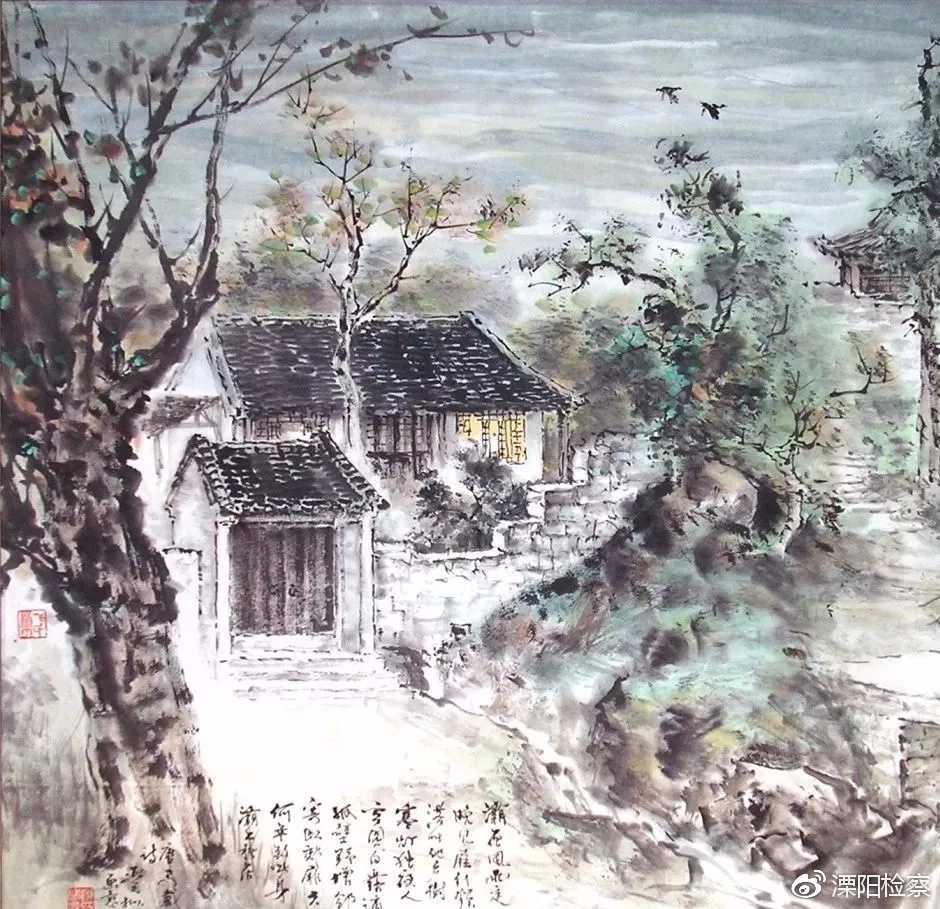
承恩不在貌，教妾若为容。